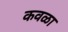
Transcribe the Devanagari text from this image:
कवळा